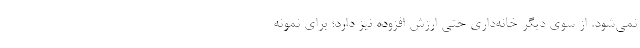
نمی‌شود. از سوی دیگر خانه‌داری حتی ارزش افزوده نیز دارد؛ برای نمونه